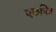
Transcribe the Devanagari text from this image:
एकत्रित